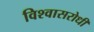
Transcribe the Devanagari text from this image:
विश्‍वासरोधी